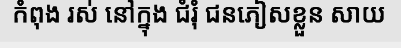
កំពុង រស់ នៅក្នុង ជំរុំ ជនភៀសខ្លួន សាយ